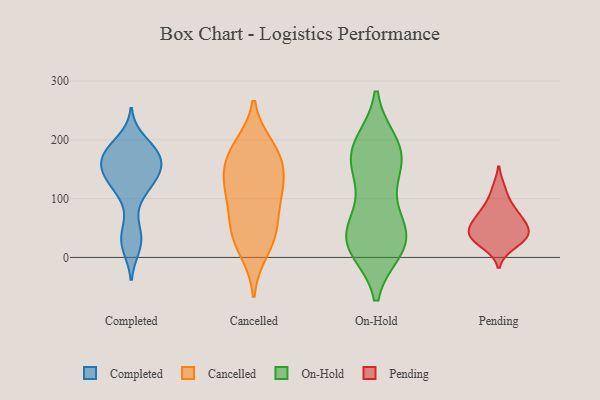
{"axis": {"x": "Backlog", "y": "Value"}, "legend": ["Cancelled", "Completed", "On-Hold", "Pending"], "data": [{"x": "", "y": 21, "type": "Completed"}, {"x": "", "y": 123, "type": "Completed"}, {"x": "", "y": 132, "type": "Completed"}, {"x": "", "y": 43, "type": "Completed"}, {"x": "", "y": 179, "type": "Completed"}, {"x": "", "y": 162, "type": "Completed"}, {"x": "", "y": 38, "type": "Completed"}, {"x": "", "y": 150, "type": "Completed"}, {"x": "", "y": 180, "type": "Completed"}, {"x": "", "y": 98, "type": "Completed"}, {"x": "", "y": 172, "type": "Completed"}, {"x": "", "y": 151, "type": "Completed"}, {"x": "", "y": 182, "type": "Completed"}, {"x": "", "y": 126, "type": "Completed"}, {"x": "", "y": 18, "type": "Completed"}, {"x": "", "y": 135, "type": "Completed"}, {"x": "", "y": 141, "type": "Completed"}, {"x": "", "y": 179, "type": "Completed"}, {"x": "", "y": 169, "type": "Completed"}, {"x": "", "y": 198, "type": "Completed"}, {"x": "", "y": 57, "type": "Cancelled"}, {"x": "", "y": 11, "type": "Cancelled"}, {"x": "", "y": 126, "type": "Cancelled"}, {"x": "", "y": 178, "type": "Cancelled"}, {"x": "", "y": 188, "type": "Cancelled"}, {"x": "", "y": 105, "type": "Cancelled"}, {"x": "", "y": 176, "type": "Cancelled"}, {"x": "", "y": 131, "type": "Cancelled"}, {"x": "", "y": 37, "type": "Cancelled"}, {"x": "", "y": 42, "type": "Cancelled"}, {"x": "", "y": 153, "type": "Cancelled"}, {"x": "", "y": 98, "type": "Cancelled"}, {"x": "", "y": 15, "type": "On-Hold"}, {"x": "", "y": 194, "type": "On-Hold"}, {"x": "", "y": 19, "type": "On-Hold"}, {"x": "", "y": 165, "type": "On-Hold"}, {"x": "", "y": 158, "type": "On-Hold"}, {"x": "", "y": 16, "type": "On-Hold"}, {"x": "", "y": 44, "type": "On-Hold"}, {"x": "", "y": 97, "type": "On-Hold"}, {"x": "", "y": 194, "type": "On-Hold"}, {"x": "", "y": 57, "type": "On-Hold"}, {"x": "", "y": 140, "type": "On-Hold"}, {"x": "", "y": 20, "type": "On-Hold"}, {"x": "", "y": 174, "type": "On-Hold"}, {"x": "", "y": 183, "type": "On-Hold"}, {"x": "", "y": 38, "type": "On-Hold"}, {"x": "", "y": 40, "type": "On-Hold"}, {"x": "", "y": 54, "type": "Pending"}, {"x": "", "y": 37, "type": "Pending"}, {"x": "", "y": 84, "type": "Pending"}, {"x": "", "y": 21, "type": "Pending"}, {"x": "", "y": 77, "type": "Pending"}, {"x": "", "y": 116, "type": "Pending"}, {"x": "", "y": 30, "type": "Pending"}, {"x": "", "y": 47, "type": "Pending"}, {"x": "", "y": 62, "type": "Pending"}, {"x": "", "y": 37, "type": "Pending"}]}